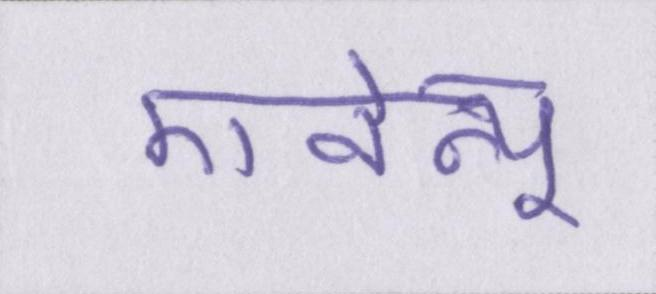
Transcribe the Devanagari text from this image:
एवेन्यू